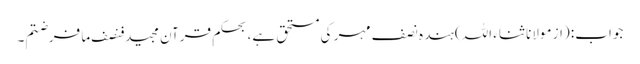
جواب: (از مولانا ثناء اللہ) ہندہ نصف مہر کی مستحق ہے، بحکمِ قرآن مجید فنصف ما فرضتم۔